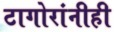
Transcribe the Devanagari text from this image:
टागोरांनीही